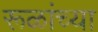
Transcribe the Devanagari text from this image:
रूळांच्या